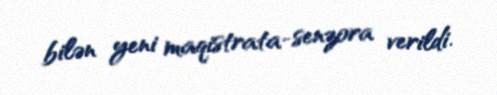
bilən yeni maqistrata-senzora verildi.